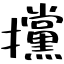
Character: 攩